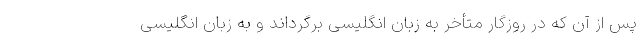
پس از آن که در روزگار متأخر به زبان انگلیسی برگرداند و به زبان انگلیسی